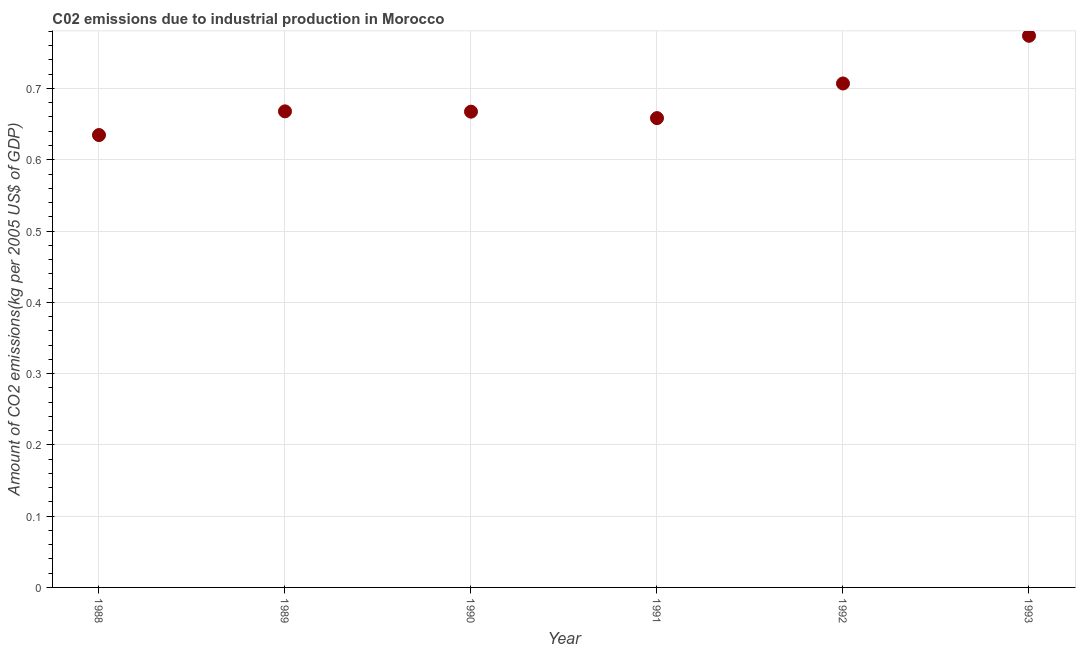
| Year | CO2 emissions  |
 | --- | --- |
 | 1988 | 0.635 |
 | 1989 | 0.668 |
 | 1990 | 0.667 |
 | 1991 | 0.658 |
 | 1992 | 0.707 |
 | 1993 | 0.774 |